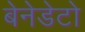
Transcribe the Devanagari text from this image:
बेनेडेटो